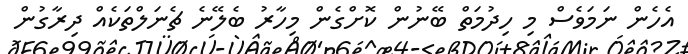
އެހެން ނަމަވެސް މި ހިދުމަތް ބޭނުން ކޮށްގެން މިހާރު ބެލޭނެ ޗެނަލްތަކެއް ދިރާގުން